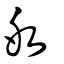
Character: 仌